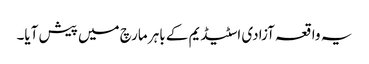
یہ واقعہ آزادی اسٹیڈیم کے باہر مارچ میں پیش آیا۔